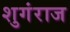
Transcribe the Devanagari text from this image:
शुगंराज